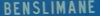
BENSILIMANE